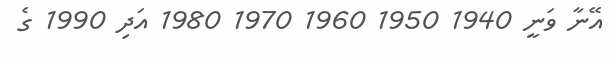
އޭނާ ވަނީ 1940 1950 1960 1970 1980 އަދި 1990 ގެ